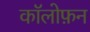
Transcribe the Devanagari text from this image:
कॉलोफ़न